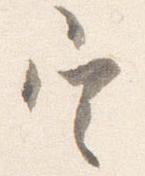
定